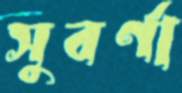
সুবর্ণা